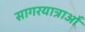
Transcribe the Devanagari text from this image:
सागरयात्राओं